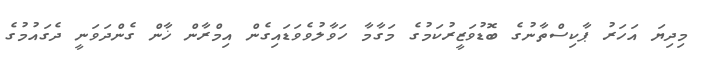
މިދިޔަ އަހަރު ޕާކިސްތާނުގެ ބޮޑުވަޒީރުކަމުގެ މަގާމާ ހަވާލުވެވަޑައިގެން އިމްރާން ޚާން ގެންދަވަނީ ދެގައުމުގެ